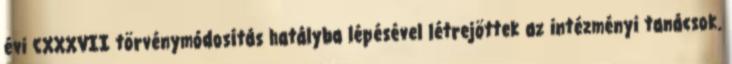
évi CXXXVII törvénymódosítás hatályba lépésével létrejöttek az intézményi tanácsok.